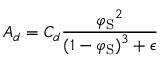
A _ { d } = C _ { d } \frac { \displaystyle { \varphi _ { \mathrm { { S } } } } ^ { 2 } } { \displaystyle ( 1 - \varphi _ { \mathrm { { S } } } ) ^ { 3 } + \epsilon }